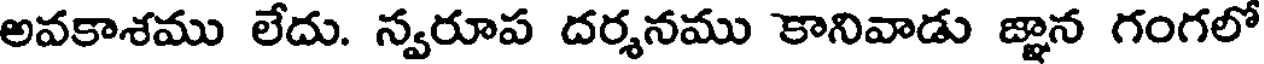
అవకాశము లేదు. న్వరూప దర్శనము కానివాడు జ్ఞాన గంగలో